Lunatic asylums Punjab 1868-1880 - 1868-1880
Year: 1868
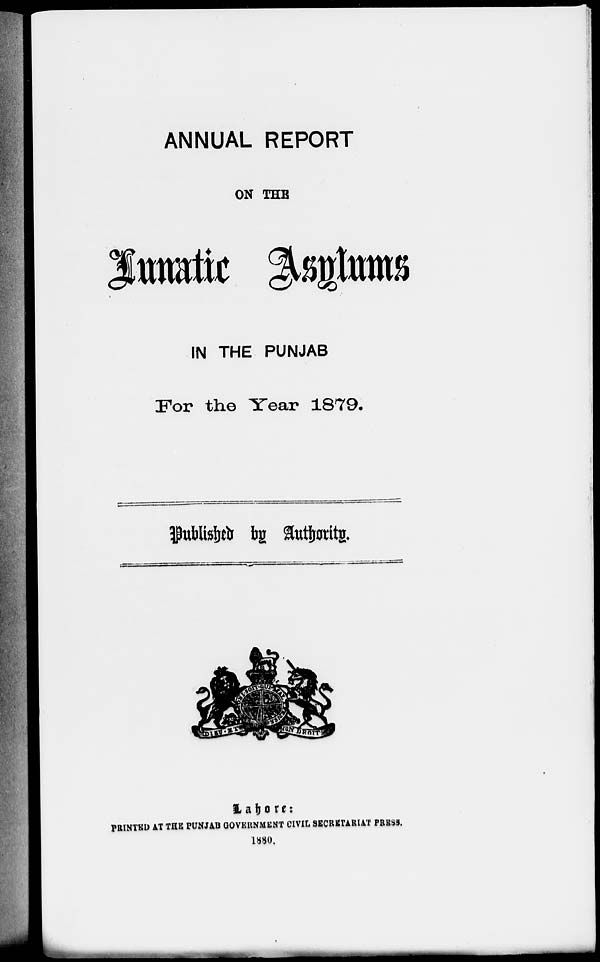
ANNUAL REPORT
ON THE
Lunatic Asylums
IN THE PUNJAB
For the Year 1879.
Published by Authority.
Lahore:
PRINTED AT THE PUNJAB GOVERNMENT CIVIL SECRETARIAT PRESS.
1880.